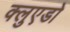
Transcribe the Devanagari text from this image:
क्लुएडो